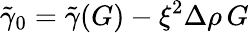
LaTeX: \tilde{\gamma}_{0}=\tilde{\gamma}(G)-\xi^{2}\Delta\rho\, G